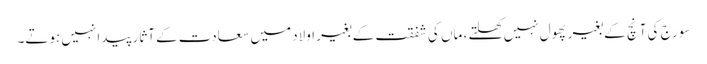
سورج کی آنچ کے بغیر پھول نہیں کھلتے ، ماں کی شفقت کے بغیر اولاد میں سعادت کے آثار پیدا نہیں ہوتے۔